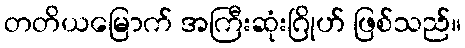
တတိယမြောက် အကြီးဆုံးဂြိုဟ် ဖြစ်သည်။